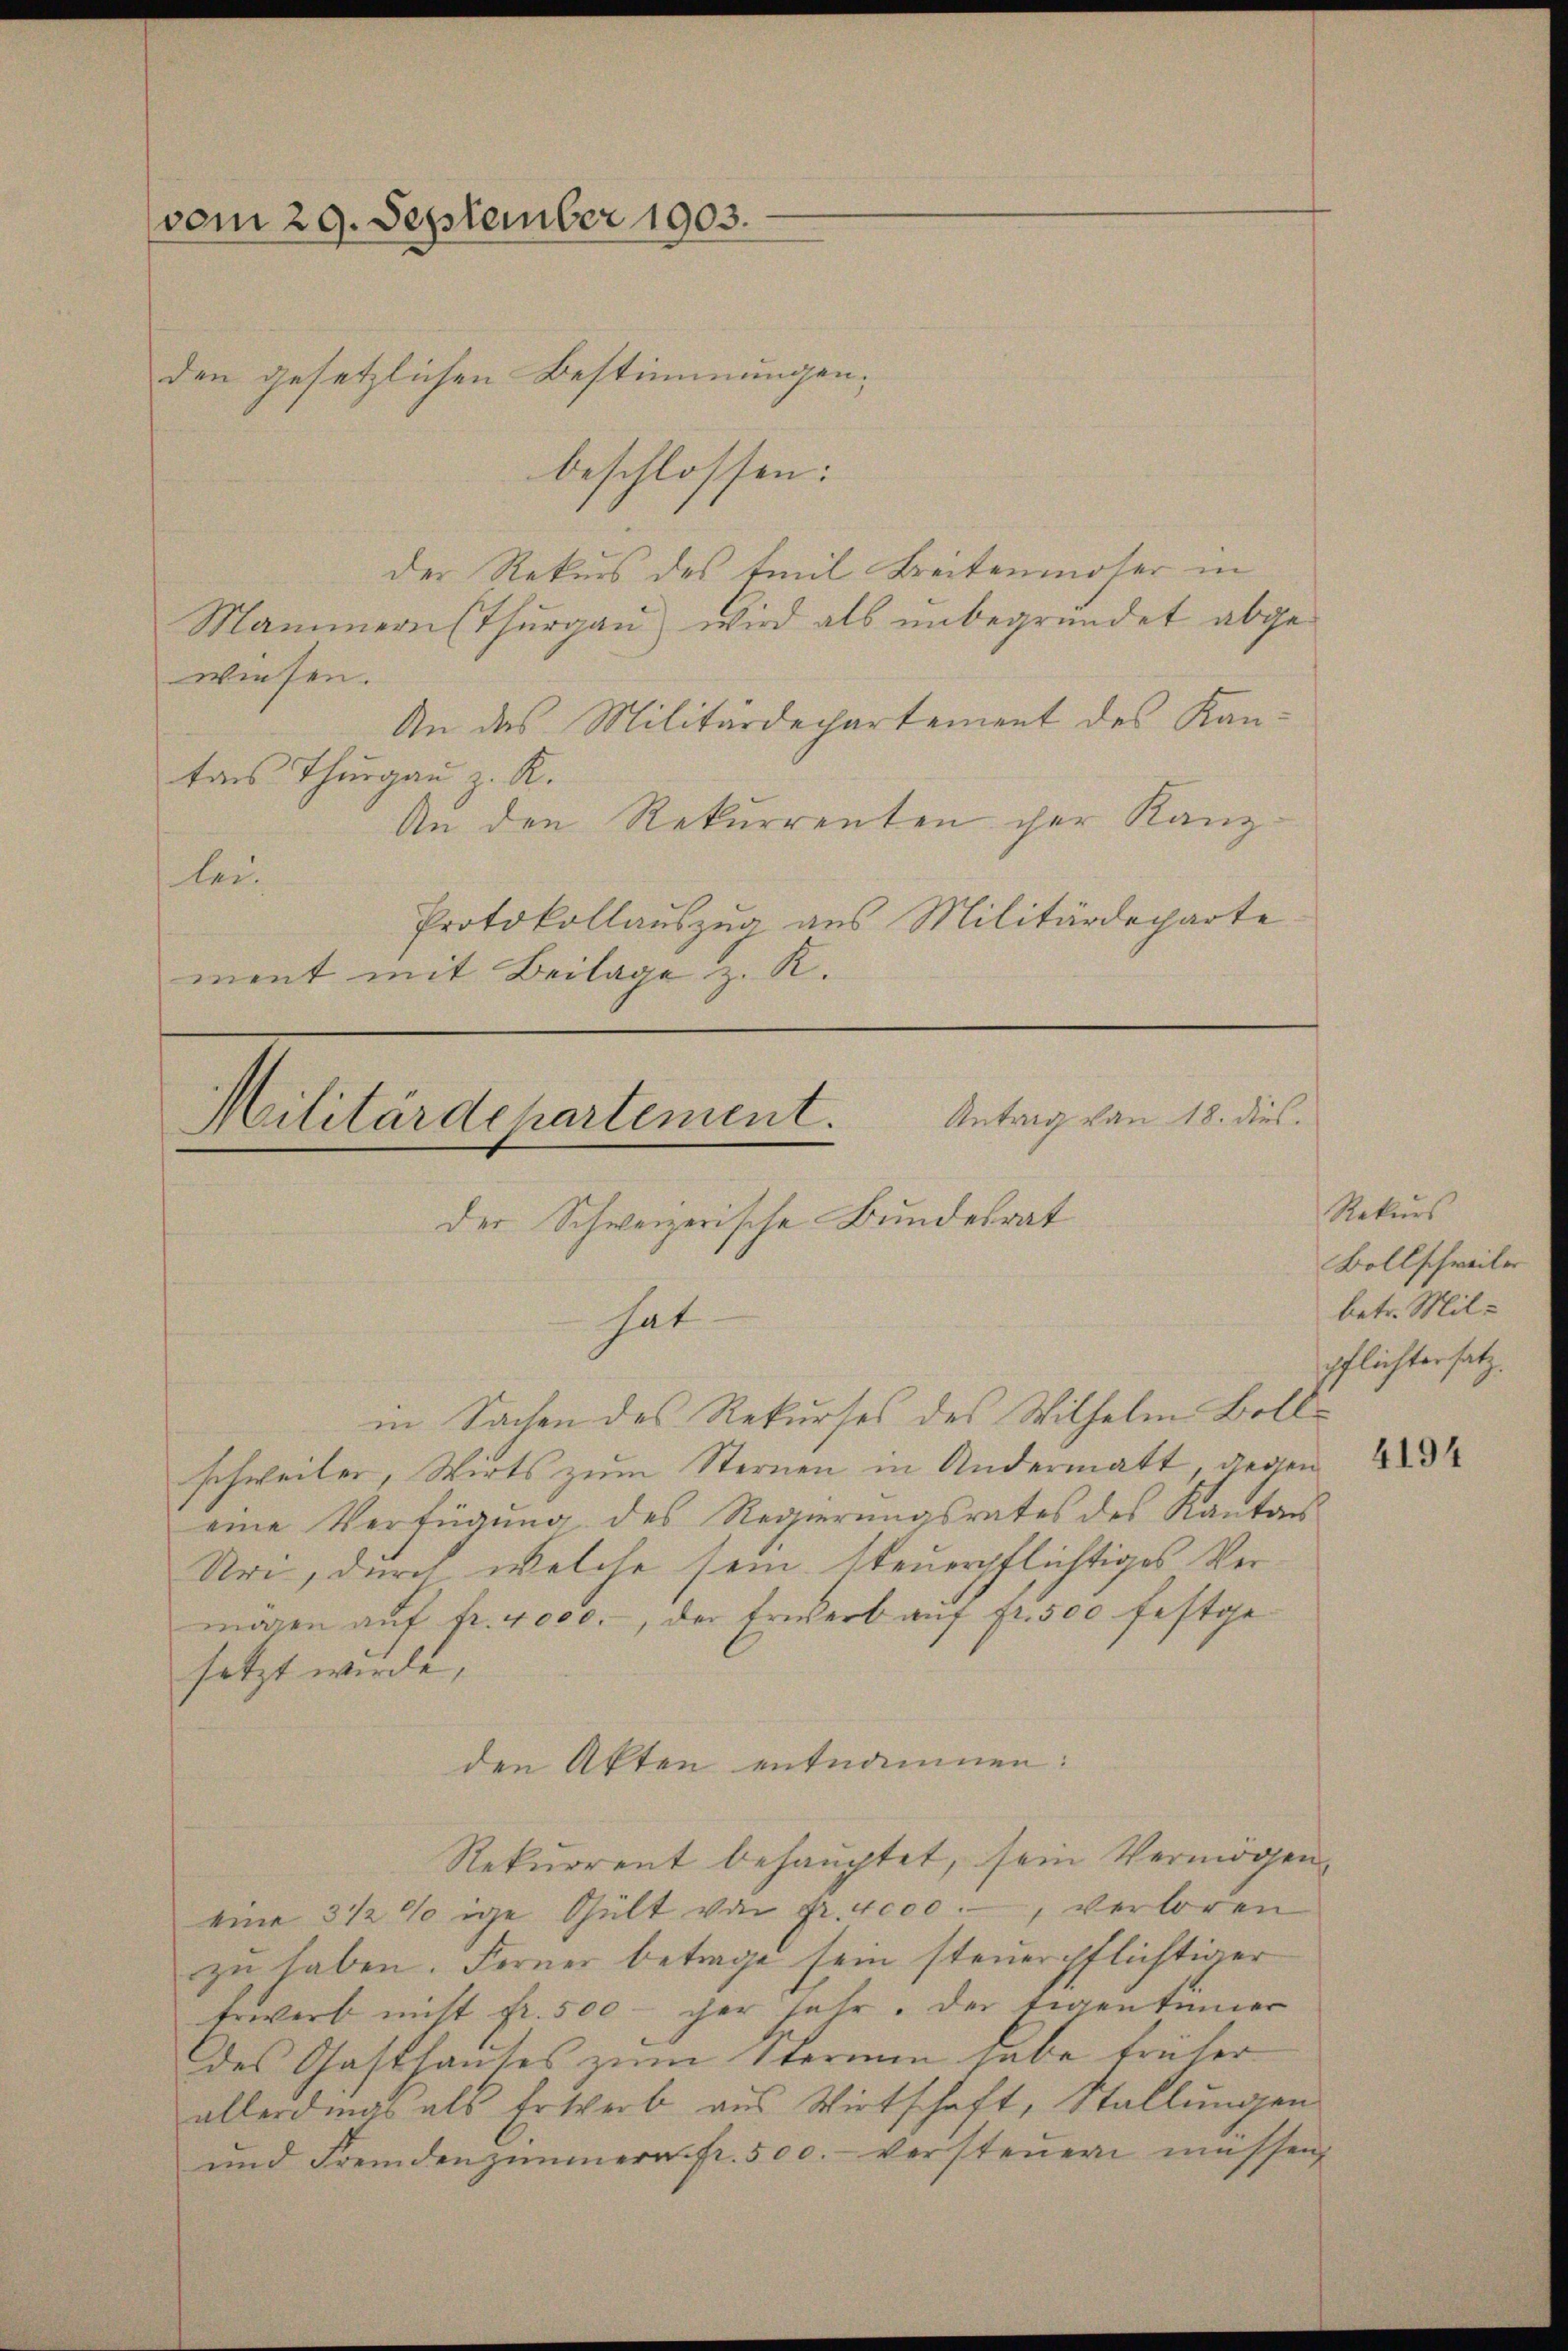
vom 29. September 1903.
den gesetzlichen Bestimmungen;

beschlossen:
der Rekurs des Emil Breitenmoser in
Mammernsthurgau) wird als unbegründet abgewiesen.
An das Militärdechartement des Kantons Thurgau z. R.
An den Rekurrenten cher Kanzlei¬
Protokollauszug aus Militärdeparte
ment mit Beilage z. R.

Antrag von 18. dies.
Militärdepartement.

der Schweizerische Bundesrat
hat

in Sachen des Rekurses des Wilhelm Bollschweiler, Wirts zum Sternen in Andermatt, gegen
eine Verfügung des Regierungsrates des Kantons
Uri, durch welche sein steuerpflichtiges Vermären auf fr. 4000.-, der Erwerb auf fr. 500 festgesetzt werde,
Rekurrent behauptet, sein Vermögen
eine 3 1/2 % ige Gült von fr. 4000., verloren
zu haben. Ferner betrage sein steuerpflichtiger
Erwerb mitt fr. 500 er sehr. Der Eigentümer
des Gasthauses zum Sternen habe früher
allerdings als Erwerb aus Wirtschaft, Stallungen
und Fremdenzimmern fr. 500. versteŭern müssen,

den Akten entnommen:

Rekurs
Bollschweiler
betr. Milpflichtersatz.